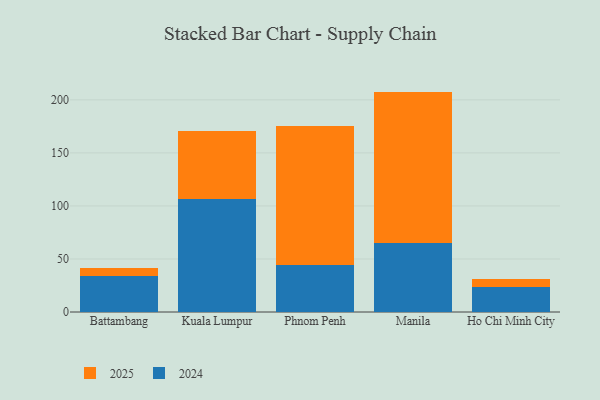
{"axis": {"x": "City", "y": "Churn Rate (%)"}, "legend": ["2024", "2025"], "data": [{"x": "Battambang", "y": 7.1, "type": "2025"}, {"x": "Battambang", "y": 34.2, "type": "2024"}, {"x": "Kuala Lumpur", "y": 63.8, "type": "2025"}, {"x": "Kuala Lumpur", "y": 106.6, "type": "2024"}, {"x": "Phnom Penh", "y": 131.8, "type": "2025"}, {"x": "Phnom Penh", "y": 44.0, "type": "2024"}, {"x": "Manila", "y": 142.9, "type": "2025"}, {"x": "Manila", "y": 64.9, "type": "2024"}, {"x": "Ho Chi Minh City", "y": 7.5, "type": "2025"}, {"x": "Ho Chi Minh City", "y": 23.3, "type": "2024"}]}